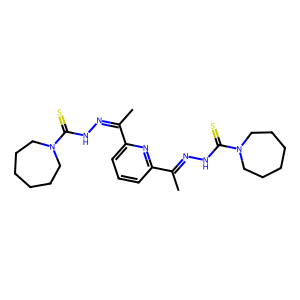
SMILES: CC(=NNC(=S)N1CCCCCC1)c1cccc(C(C)=NNC(=S)N2CCCCCC2)n1
Inhibits HIV replication: No